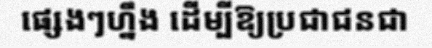
ផ្សេងៗហ្នឹង ដើម្បីឱ្យប្រជាជនជា